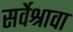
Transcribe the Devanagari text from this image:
सर्वेश्रावा